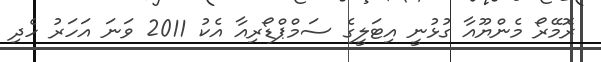
ރޮމޭރޯ މެންޔޫއާ ގުޅުނީ އިޓަލީގެ ސަމްޕްޑޯރިއާ އެކު 2011 ވަނަ އަހަރު ހެދި